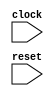
module generate_while_loop_block (
  input wire clock,
  input wire reset
);

  reg [7:0] counter;

  always @ (posedge clock or posedge reset)
    if (reset)
      counter <= 8'b0;
    else if (counter < 8'b11111111)
      counter <= counter + 1'b1;

endmodule